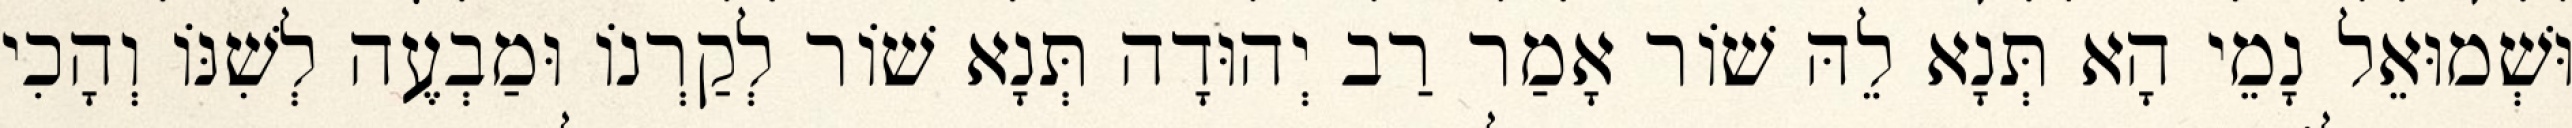
וּשְׁמוּאֵל נָמֵי הָא תְּנָא לֵהּ שׁוֹר אָמַר רַב יְהוּדָה תְּנָא שׁוֹר לְקַרְנוֹ וּמַבְעֶה לְשִׁנּוֹ וְהָכִי